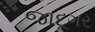
જાદૂગર